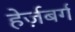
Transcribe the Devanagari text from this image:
हेर्ज़बर्ग